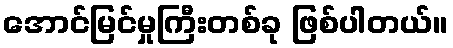
အောင်မြင်မှုကြီးတစ်ခု ဖြစ်ပါတယ်။